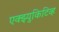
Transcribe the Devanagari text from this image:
एक्झ्युकिटिव्ह